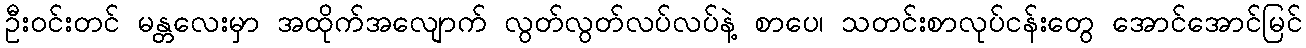
ဦးဝင်းတင် မန္တလေးမှာ အထိုက်အလျောက် လွတ်လွတ်လပ်လပ်နဲ့ စာပေ၊ သတင်းစာလုပ်ငန်းတွေ အောင်အောင်မြင်